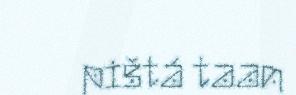
pištá taan